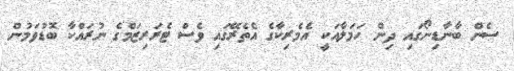
ސެން ބާނާޑިނޯގައި ދިން ހަމަލާއަކީ އެމެރިކާގެ އެެތެރޭގައި ވެސް ޓެރަރިޒަމްގެ ނުރައްކާ ބޮޑުވަމުން